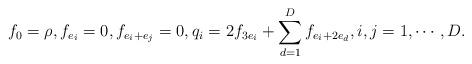
LaTeX: \begin{align*} f_0=\rho,f_{e_i}=0,f_{e_i+e_j}=0, q_i=2f_{3e_i}+\sum_{d=1}^Df_{e_i+2e_d},i,j=1,\cdots,D.\end{align*}